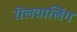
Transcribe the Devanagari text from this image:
रॊलवालिंग